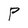
Character: P